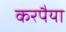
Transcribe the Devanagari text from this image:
करपैया